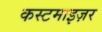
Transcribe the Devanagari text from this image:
कस्टमाइज़र